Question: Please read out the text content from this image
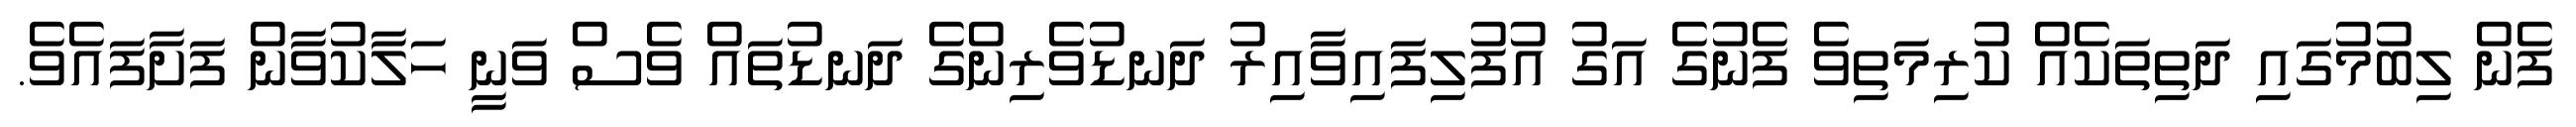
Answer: ފެން ލިބުމުގައި ދަތިތަކެއް ކުރިމަތިވެ ފެނުގެ އަގު އުފުލިފައިވާއިރު ދަނޑުވެރިންގެ ދަނޑުތައް ވެސް ވަނީ ހަލާކުވާން ފަށާފައެވެ.